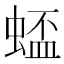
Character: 𫋋